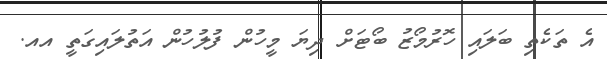
އެ ތަކެތި ބަލައި ހޮރުމޯޒު ބޯޓަށް ދިޔަ މީހުން ފުލުހުން އަތުލައިގަތީ އއ.